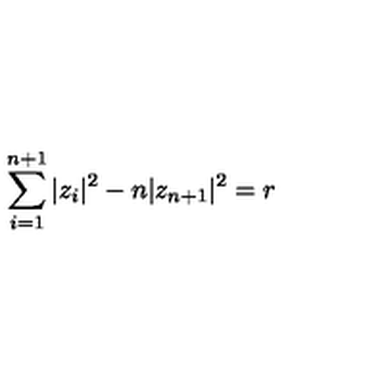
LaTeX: \sum _ { i = 1 } ^ { n + 1 } | z _ { i } | ^ { 2 } - n | z _ { n + 1 } | ^ { 2 } = r